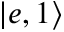
\left| e , 1 \right\rangle